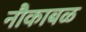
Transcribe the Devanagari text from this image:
नौकाबळ